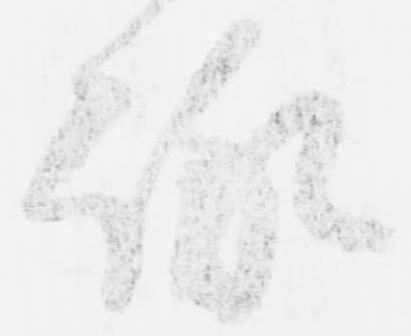
詠